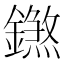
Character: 𨭝